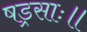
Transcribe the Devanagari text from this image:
षड्रसाः॥